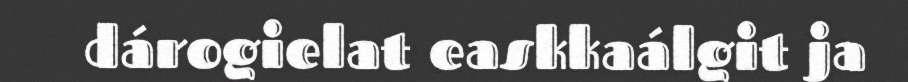
dárogielat easkkaálgit ja